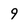
Character: 9